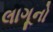
લાગૂનો